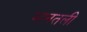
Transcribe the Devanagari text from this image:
म्हनतली